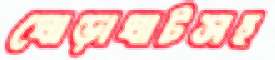
ঘোড়াঘাটসহ